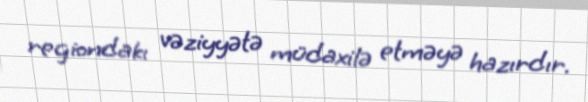
regiondakı vəziyyətə müdaxilə etməyə hazırdır.